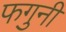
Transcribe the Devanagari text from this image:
फगुनी